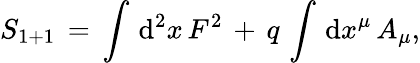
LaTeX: S_{1+1}\, =\, \int\, \mathrm{d}^{2}x\, F^{2}\, +\, q\, \int\, \mathrm{d}x^{\mu}\, A_{\mu},